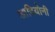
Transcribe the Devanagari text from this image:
आदियोनी